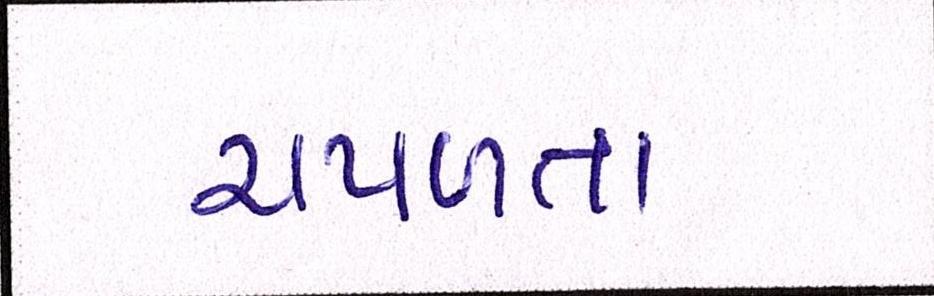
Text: ચપળતા